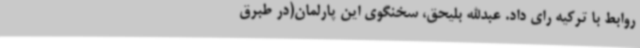
روابط با ترکیه رای داد. عبدالله بلیحق، سخنگوی این پارلمان(در طبرق